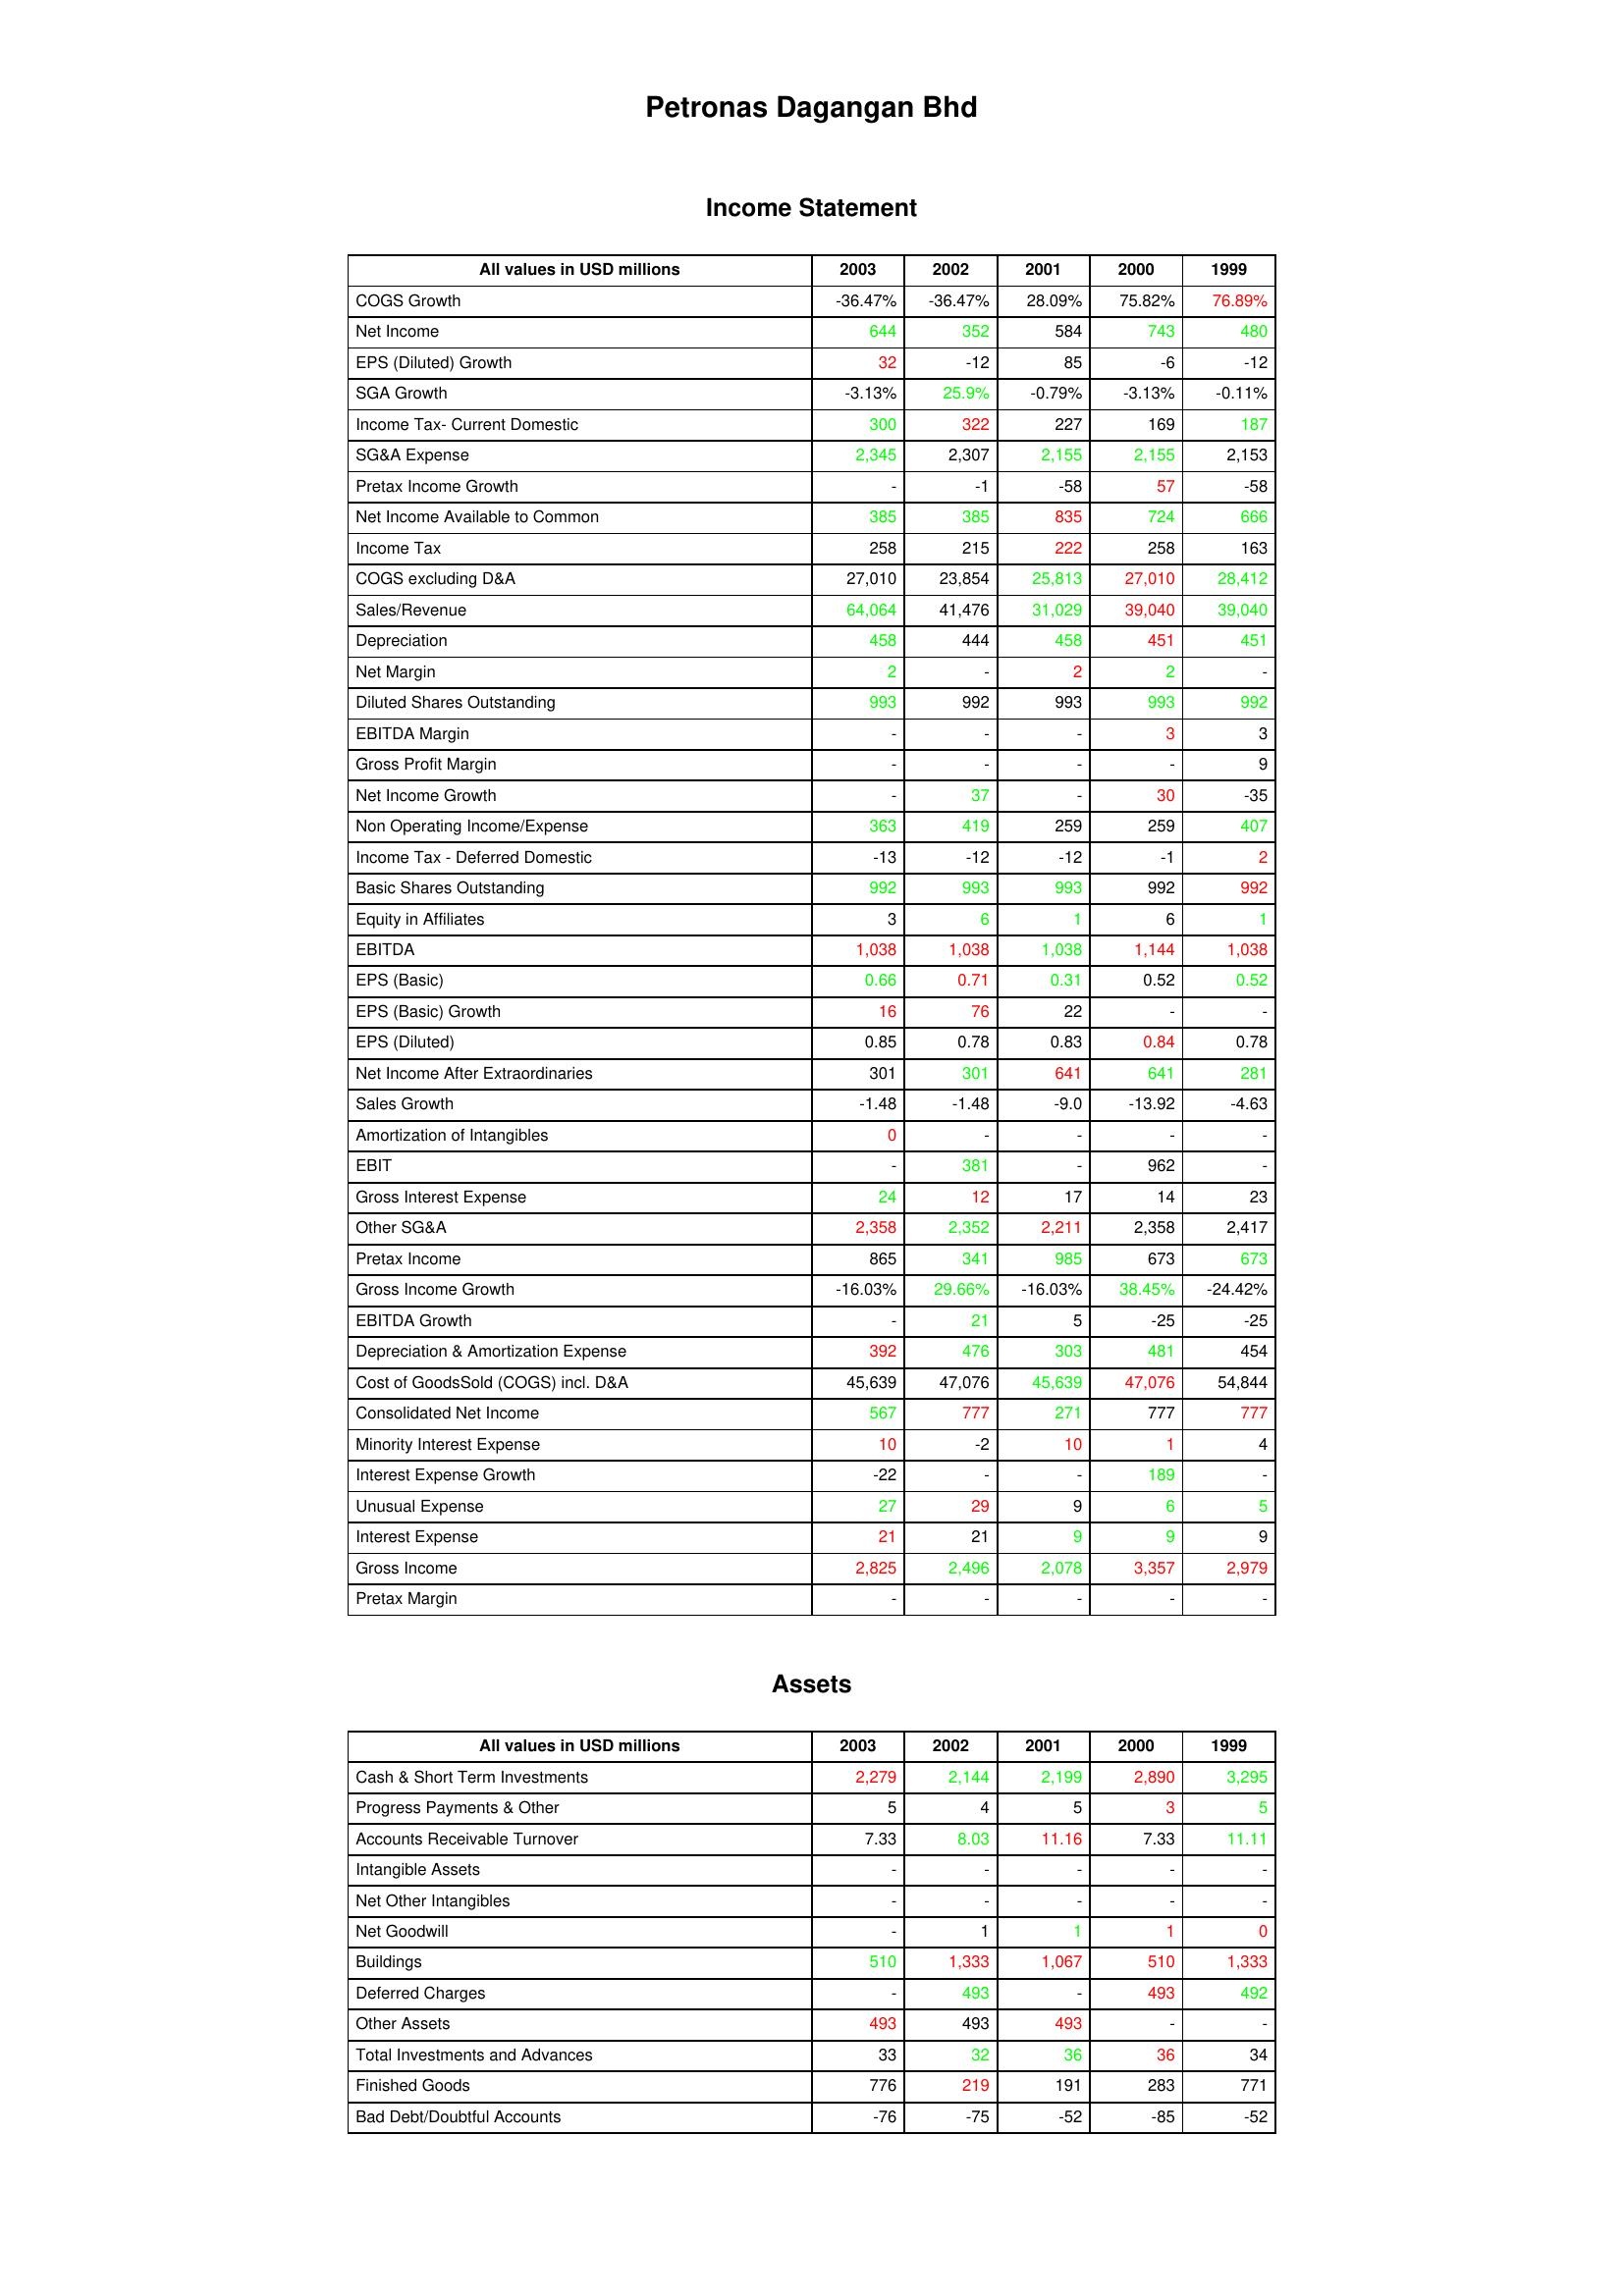
gt_parse: 2003: Income Statement: COGS Growth: -36.47%
Net Income: 644
EPS (Diluted) Growth: 32
SGA Growth: -3.13%
Income Tax- Current Domestic: 300
SG&A Expense: 2,345
Pretax Income Growth: -
Net Income Available to Common: 385
Income Tax: 258
COGS excluding D&A: 27,010
Sales/Revenue: 64,064
Depreciation: 458
Net Margin: 2
Diluted Shares Outstanding: 993
EBITDA Margin: -
Gross Profit Margin: -
Net Income Growth: -
Non Operating Income/Expense: 363
Income Tax - Deferred Domestic: -13
Basic Shares Outstanding: 992
Equity in Affiliates: 3
EBITDA: 1,038
EPS (Basic): 0.66
EPS (Basic) Growth: 16
EPS (Diluted): 0.85
Net Income After Extraordinaries: 301
Sales Growth: -1.48
Amortization of Intangibles: 0
EBIT: -
Gross Interest Expense: 24
Other SG&A: 2,358
Pretax Income: 865
Gross Income Growth: -16.03%
EBITDA Growth: -
Depreciation & Amortization Expense: 392
Cost of GoodsSold (COGS) incl. D&A: 45,639
Consolidated Net Income: 567
Minority Interest Expense: 10
Interest Expense Growth: -22
Unusual Expense: 27
Interest Expense: 21
Gross Income: 2,825
Pretax Margin: -
Assets: Cash & Short Term Investments: 2,279
Progress Payments & Other: 5
Accounts Receivable Turnover: 7.33
Intangible Assets: -
Net Other Intangibles: -
Net Goodwill: -
Buildings: 510
Deferred Charges: -
Other Assets: 493
Total Investments and Advances: 33
Finished Goods: 776
Bad Debt/Doubtful Accounts: -76
2002: Income Statement: COGS Growth: -36.47%
Net Income: 352
EPS (Diluted) Growth: -12
SGA Growth: 25.9%
Income Tax- Current Domestic: 322
SG&A Expense: 2,307
Pretax Income Growth: -1
Net Income Available to Common: 385
Income Tax: 215
COGS excluding D&A: 23,854
Sales/Revenue: 41,476
Depreciation: 444
Net Margin: -
Diluted Shares Outstanding: 992
EBITDA Margin: -
Gross Profit Margin: -
Net Income Growth: 37
Non Operating Income/Expense: 419
Income Tax - Deferred Domestic: -12
Basic Shares Outstanding: 993
Equity in Affiliates: 6
EBITDA: 1,038
EPS (Basic): 0.71
EPS (Basic) Growth: 76
EPS (Diluted): 0.78
Net Income After Extraordinaries: 301
Sales Growth: -1.48
Amortization of Intangibles: -
EBIT: 381
Gross Interest Expense: 12
Other SG&A: 2,352
Pretax Income: 341
Gross Income Growth: 29.66%
EBITDA Growth: 21
Depreciation & Amortization Expense: 476
Cost of GoodsSold (COGS) incl. D&A: 47,076
Consolidated Net Income: 777
Minority Interest Expense: -2
Interest Expense Growth: -
Unusual Expense: 29
Interest Expense: 21
Gross Income: 2,496
Pretax Margin: -
Assets: Cash & Short Term Investments: 2,144
Progress Payments & Other: 4
Accounts Receivable Turnover: 8.03
Intangible Assets: -
Net Other Intangibles: -
Net Goodwill: 1
Buildings: 1,333
Deferred Charges: 493
Other Assets: 493
Total Investments and Advances: 32
Finished Goods: 219
Bad Debt/Doubtful Accounts: -75
2001: Income Statement: COGS Growth: 28.09%
Net Income: 584
EPS (Diluted) Growth: 85
SGA Growth: -0.79%
Income Tax- Current Domestic: 227
SG&A Expense: 2,155
Pretax Income Growth: -58
Net Income Available to Common: 835
Income Tax: 222
COGS excluding D&A: 25,813
Sales/Revenue: 31,029
Depreciation: 458
Net Margin: 2
Diluted Shares Outstanding: 993
EBITDA Margin: -
Gross Profit Margin: -
Net Income Growth: -
Non Operating Income/Expense: 259
Income Tax - Deferred Domestic: -12
Basic Shares Outstanding: 993
Equity in Affiliates: 1
EBITDA: 1,038
EPS (Basic): 0.31
EPS (Basic) Growth: 22
EPS (Diluted): 0.83
Net Income After Extraordinaries: 641
Sales Growth: -9.0
Amortization of Intangibles: -
EBIT: -
Gross Interest Expense: 17
Other SG&A: 2,211
Pretax Income: 985
Gross Income Growth: -16.03%
EBITDA Growth: 5
Depreciation & Amortization Expense: 303
Cost of GoodsSold (COGS) incl. D&A: 45,639
Consolidated Net Income: 271
Minority Interest Expense: 10
Interest Expense Growth: -
Unusual Expense: 9
Interest Expense: 9
Gross Income: 2,078
Pretax Margin: -
Assets: Cash & Short Term Investments: 2,199
Progress Payments & Other: 5
Accounts Receivable Turnover: 11.16
Intangible Assets: -
Net Other Intangibles: -
Net Goodwill: 1
Buildings: 1,067
Deferred Charges: -
Other Assets: 493
Total Investments and Advances: 36
Finished Goods: 191
Bad Debt/Doubtful Accounts: -52
2000: Income Statement: COGS Growth: 75.82%
Net Income: 743
EPS (Diluted) Growth: -6
SGA Growth: -3.13%
Income Tax- Current Domestic: 169
SG&A Expense: 2,155
Pretax Income Growth: 57
Net Income Available to Common: 724
Income Tax: 258
COGS excluding D&A: 27,010
Sales/Revenue: 39,040
Depreciation: 451
Net Margin: 2
Diluted Shares Outstanding: 993
EBITDA Margin: 3
Gross Profit Margin: -
Net Income Growth: 30
Non Operating Income/Expense: 259
Income Tax - Deferred Domestic: -1
Basic Shares Outstanding: 992
Equity in Affiliates: 6
EBITDA: 1,144
EPS (Basic): 0.52
EPS (Basic) Growth: -
EPS (Diluted): 0.84
Net Income After Extraordinaries: 641
Sales Growth: -13.92
Amortization of Intangibles: -
EBIT: 962
Gross Interest Expense: 14
Other SG&A: 2,358
Pretax Income: 673
Gross Income Growth: 38.45%
EBITDA Growth: -25
Depreciation & Amortization Expense: 481
Cost of GoodsSold (COGS) incl. D&A: 47,076
Consolidated Net Income: 777
Minority Interest Expense: 1
Interest Expense Growth: 189
Unusual Expense: 6
Interest Expense: 9
Gross Income: 3,357
Pretax Margin: -
Assets: Cash & Short Term Investments: 2,890
Progress Payments & Other: 3
Accounts Receivable Turnover: 7.33
Intangible Assets: -
Net Other Intangibles: -
Net Goodwill: 1
Buildings: 510
Deferred Charges: 493
Other Assets: -
Total Investments and Advances: 36
Finished Goods: 283
Bad Debt/Doubtful Accounts: -85
1999: Income Statement: COGS Growth: 76.89%
Net Income: 480
EPS (Diluted) Growth: -12
SGA Growth: -0.11%
Income Tax- Current Domestic: 187
SG&A Expense: 2,153
Pretax Income Growth: -58
Net Income Available to Common: 666
Income Tax: 163
COGS excluding D&A: 28,412
Sales/Revenue: 39,040
Depreciation: 451
Net Margin: -
Diluted Shares Outstanding: 992
EBITDA Margin: 3
Gross Profit Margin: 9
Net Income Growth: -35
Non Operating Income/Expense: 407
Income Tax - Deferred Domestic: 2
Basic Shares Outstanding: 992
Equity in Affiliates: 1
EBITDA: 1,038
EPS (Basic): 0.52
EPS (Basic) Growth: -
EPS (Diluted): 0.78
Net Income After Extraordinaries: 281
Sales Growth: -4.63
Amortization of Intangibles: -
EBIT: -
Gross Interest Expense: 23
Other SG&A: 2,417
Pretax Income: 673
Gross Income Growth: -24.42%
EBITDA Growth: -25
Depreciation & Amortization Expense: 454
Cost of GoodsSold (COGS) incl. D&A: 54,844
Consolidated Net Income: 777
Minority Interest Expense: 4
Interest Expense Growth: -
Unusual Expense: 5
Interest Expense: 9
Gross Income: 2,979
Pretax Margin: -
Assets: Cash & Short Term Investments: 3,295
Progress Payments & Other: 5
Accounts Receivable Turnover: 11.11
Intangible Assets: -
Net Other Intangibles: -
Net Goodwill: 0
Buildings: 1,333
Deferred Charges: 492
Other Assets: -
Total Investments and Advances: 34
Finished Goods: 771
Bad Debt/Doubtful Accounts: -52